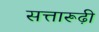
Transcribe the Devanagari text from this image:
सत्तारूढ़ी